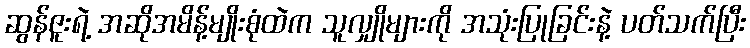
ဆွန်ဇူးရဲ့ အဆိုအမိန့်မျိုးစုံထဲက သူလျှိုများကို အသုံးပြုခြင်းနဲ့ ပတ်သက်ပြီး